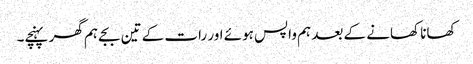
کھانا کھانے کے بعد ہم واپس ہوئے اور رات کے تین بجے ہم گھر پہنچے۔